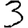
Digit: 3